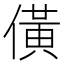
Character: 僙